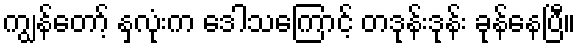
ကျွန်တော့် နှလုံးက ဒေါသကြောင့် တဒုန်းဒုန်း ခုန်နေပြီ။